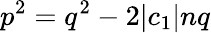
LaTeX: p^{2}=q^{2}-2|c_{1}|nq